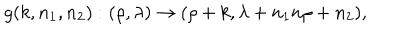
g ( k , n _ { 1 } , n _ { 2 } ) : ( \rho , \lambda ) \rightarrow ( \rho + k , \lambda + n _ { 1 } n \rho + n _ { 2 } ) ,